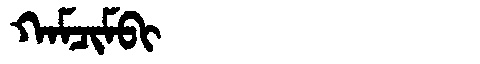
Manchu: ᡴᠠᠮᠴᡳᠮᠪᡳ
Romanization: KAMCIMBI